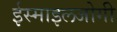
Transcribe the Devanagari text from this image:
ईस्माइलजोगी